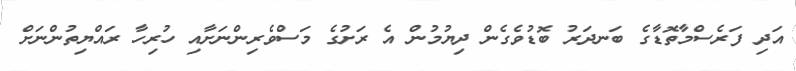
އަދި ފަރެސްމާތޮޑާގެ ބަނދަރު ބޮޑުވެގެން ދިޔުމުން އެ ރަށުގެ މަސްވެރިންނަށާއި ހުރިހާ ރައްޔިތުންނަށް